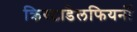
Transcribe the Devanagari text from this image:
क्रिस्टाडेलफियनों